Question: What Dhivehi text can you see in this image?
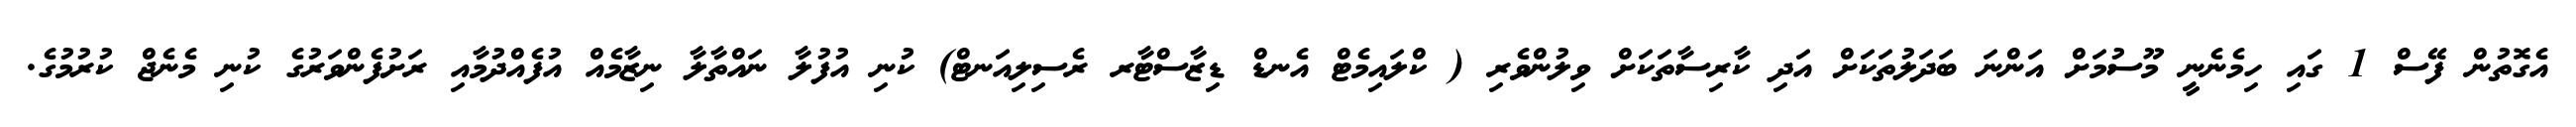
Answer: އެގޮތުން ފޭސް 1 ގައި ހިމެނެނީ މޫސުމަށް އަންނަ ބަދަލުތަކަށް އަދި ކާރިސާތަކަށް ވިލުންވެރި ( ކްލައިމެޓް އެނޑް ޑިޒާސްޓާރ ރެސިލިއަނޓް) ކުނި އުފުލާ ނައްތާލާ ނިޒާމެއް އުފެއްދުމާއި ރަށުފެންވަރުގެ ކުނި މެނެޖް ކުރުމުގެ.